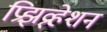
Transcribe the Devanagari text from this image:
प्रिझव्र्हेशन